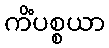
ကိံပစ္စယာ